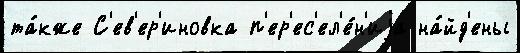
та́кже С'ев'ер'иновка п'ер'ес'ел'е́н'иjа на́йд'ены